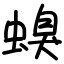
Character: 螑